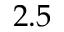
2 . 5